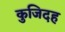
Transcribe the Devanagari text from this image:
कुजिदह